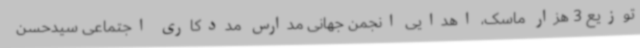
توزیع 3 هزار ماسک، اهدایی انجمن جهانی مدارس مددکاری اجتماعی سیدحسن